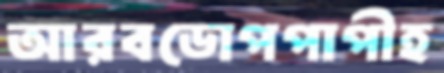
আরবডোপপাপীহ